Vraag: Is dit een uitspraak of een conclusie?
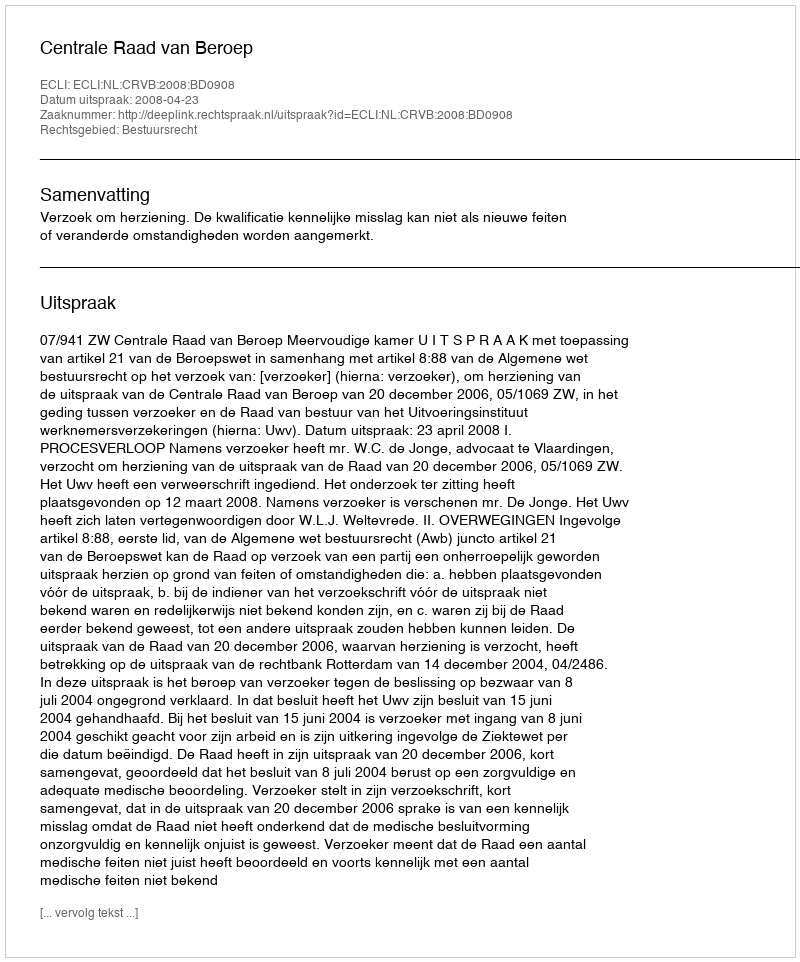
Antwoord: Uitspraak